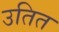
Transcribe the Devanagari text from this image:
उतित